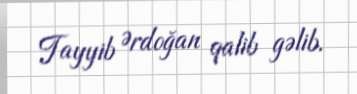
Tayyib Ərdoğan qalib gəlib.